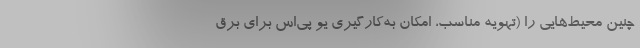
چنین محیط‌هایی را (تهویه مناسب، امکان به‌کارگیری یو پی‌اس برای برق